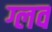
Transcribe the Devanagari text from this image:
ग्लव